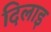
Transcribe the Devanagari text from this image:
दिलाइ